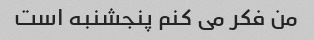
من فکر می کنم پنجشنبه است